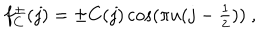
f _ { C } ^ { \pm } ( j ) = \pm C ( j ) \cos ( \pi u ( j - \textstyle \frac { 1 } { 2 } ) ) ~ ,